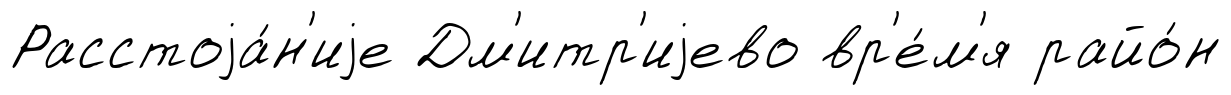
Расстоjа́н'иjе Дм'итр'иjево вр'е́м'я райо́н